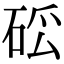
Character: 𥒗